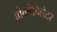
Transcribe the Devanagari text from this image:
ब्रौकोडिलेटर